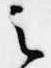
之